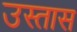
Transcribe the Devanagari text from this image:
उस्तास